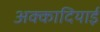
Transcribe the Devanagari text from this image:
अक्कादियाई